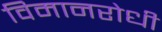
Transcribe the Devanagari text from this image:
विमानरोधी